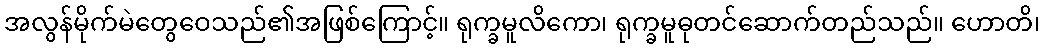
အလွန်မိုက်မဲတွေဝေသည်၏အဖြစ်ကြောင့်။ ရုက္ခမူလိကော၊ ရုက္ခမူဓုတင်ဆောက်တည်သည်။ ဟောတိ၊